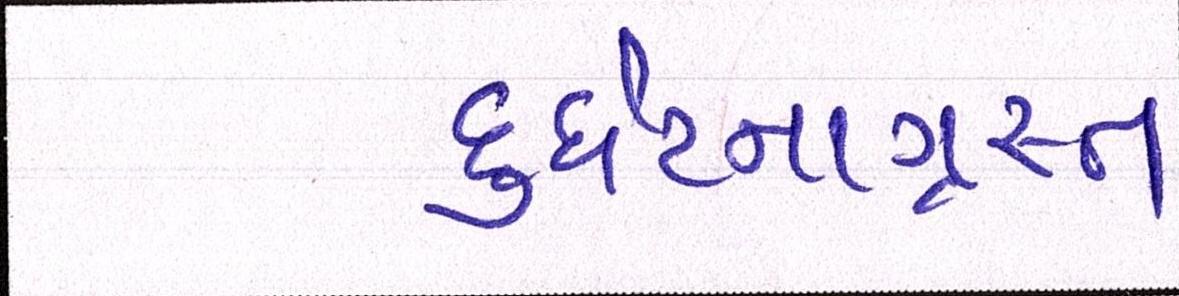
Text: દુર્ઘટનાગ્રસ્ત